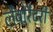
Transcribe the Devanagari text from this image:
लैबोरैटरी